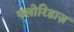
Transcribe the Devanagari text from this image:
फ्लोरिडाज़